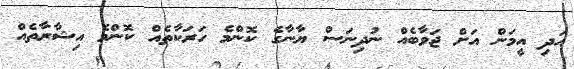
އަދި އީމަން އަށް ޖަވާބެއް ނުދިނަސް ޔާނާގެ ކޮންމެ ހަރަކާތެއް ކޮންމެ އިޝާރާތެއް